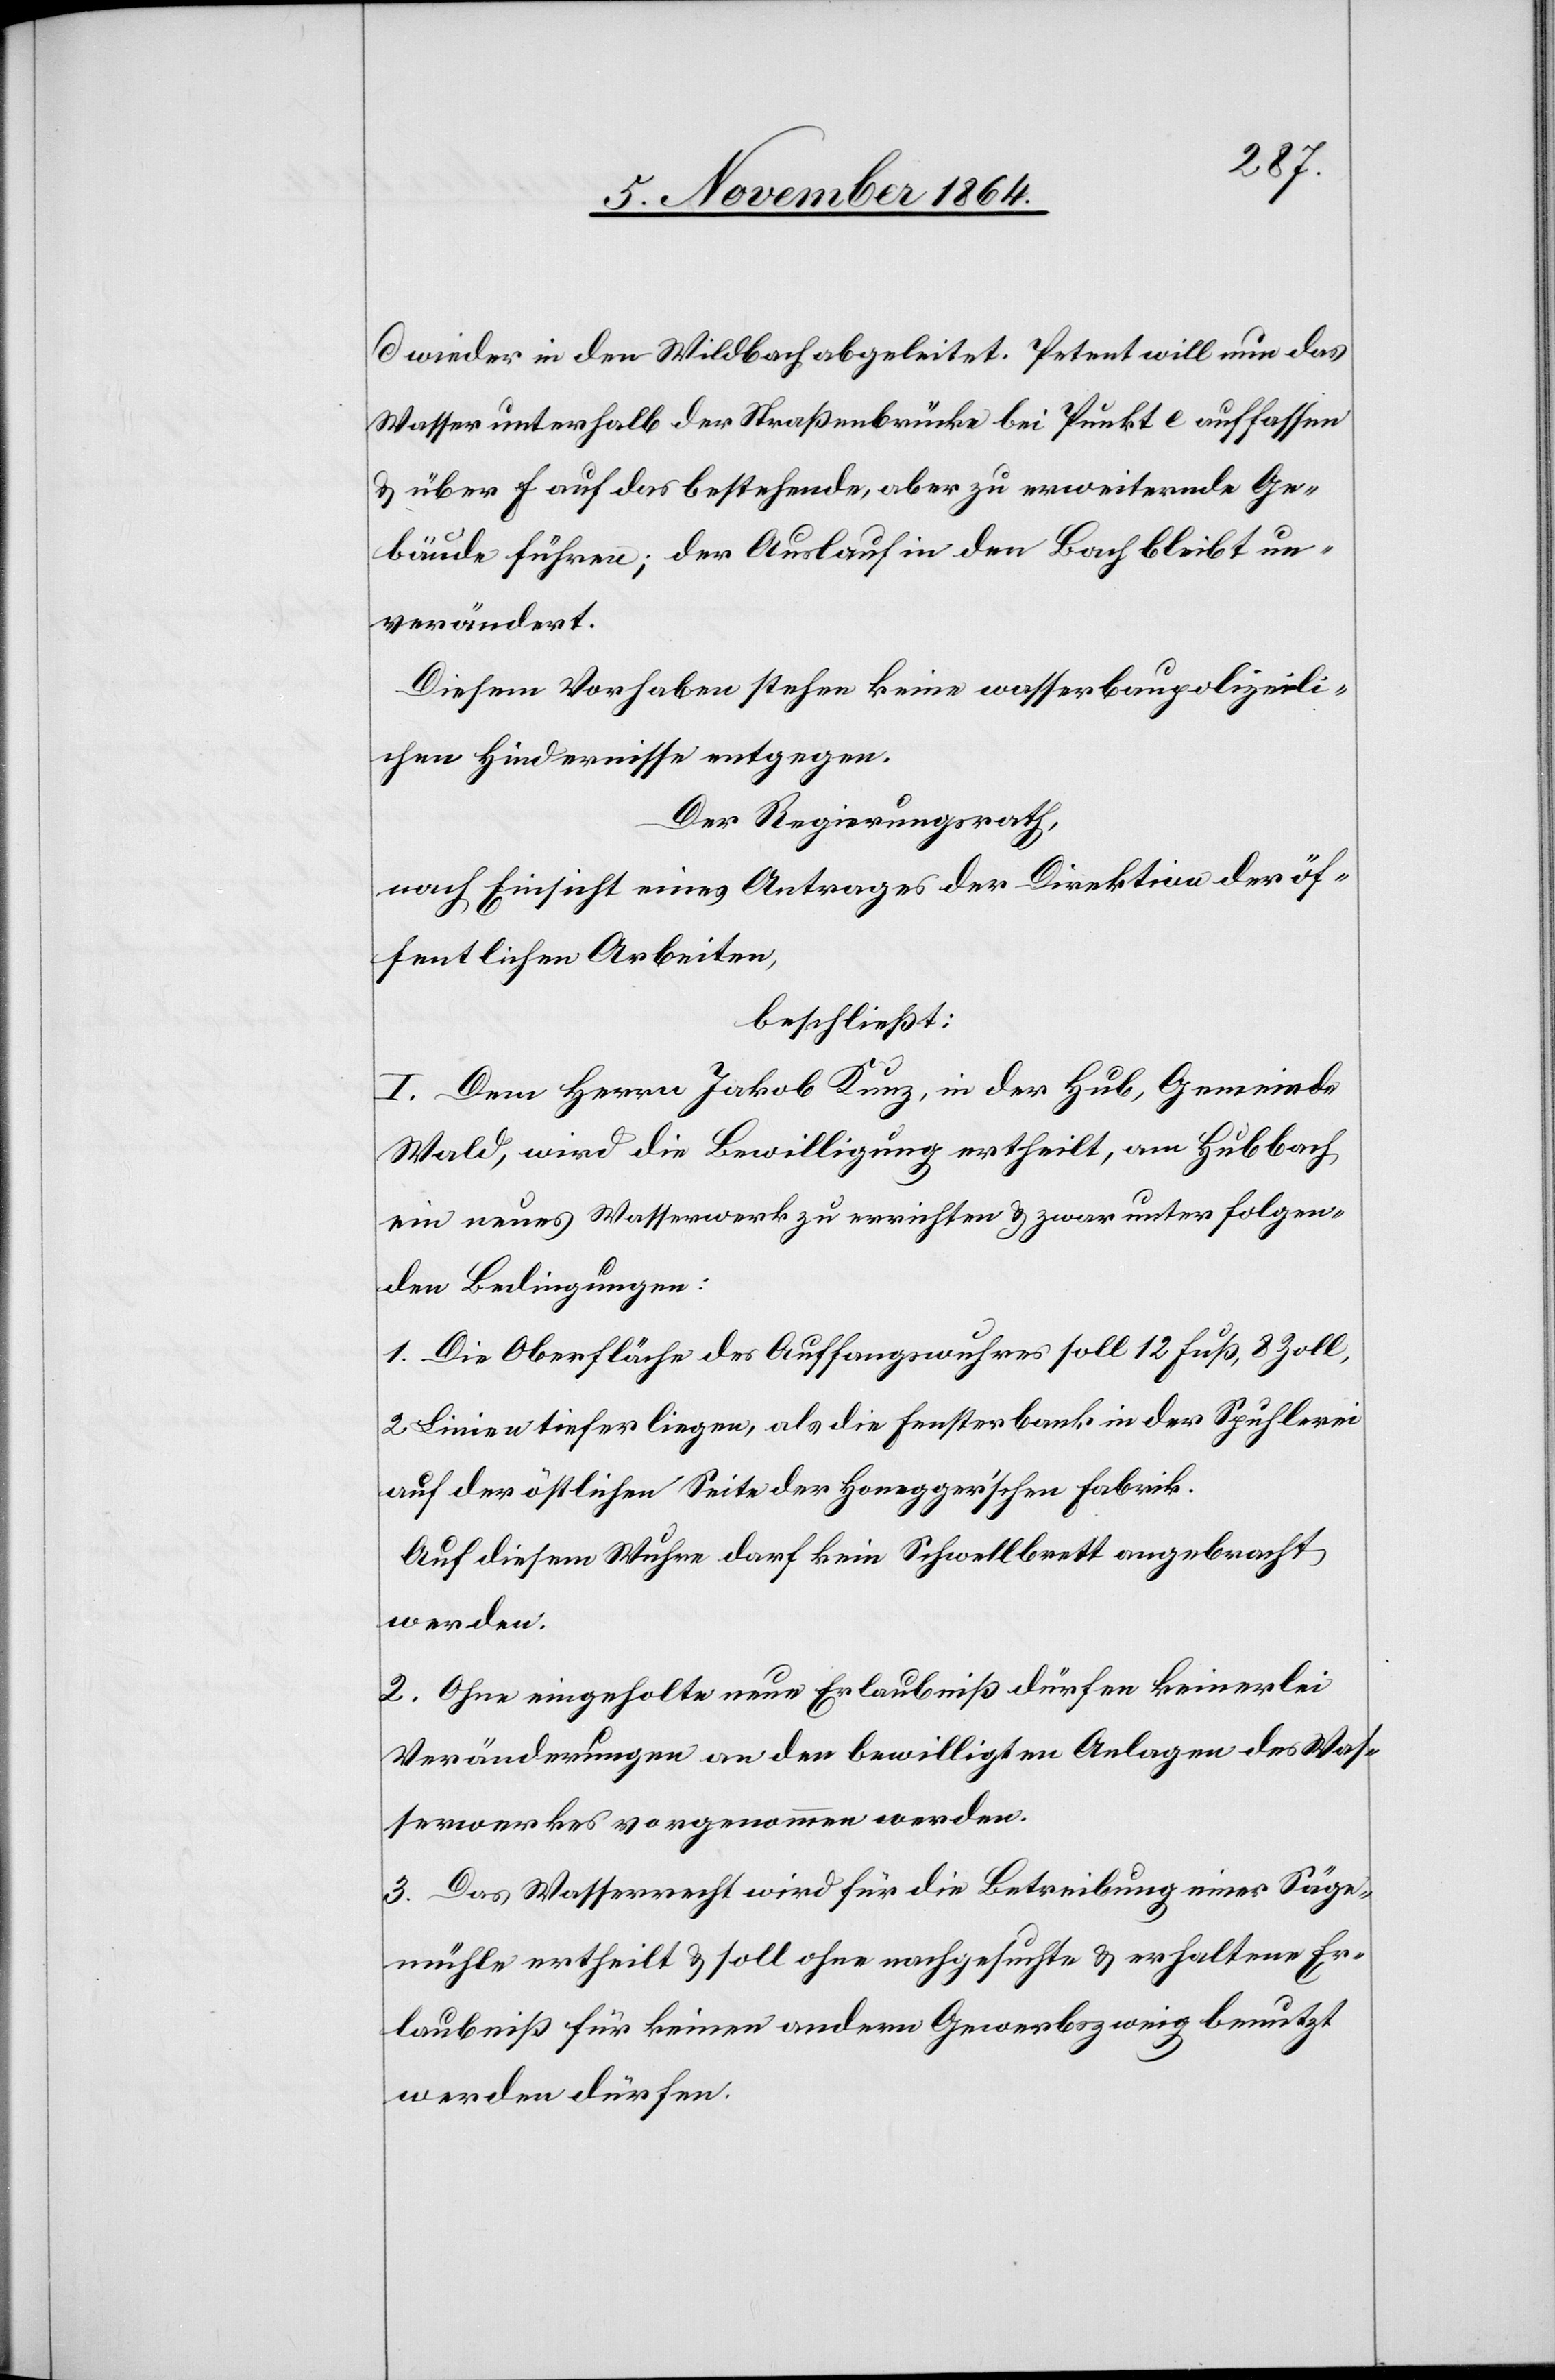
d wieder in den Wildbach abgeleitet. Petent will nun das
Wasser unterhalb der Straßenbrücke bei Punkt e auffassen
& über f auf das bestehende, aber zu erweiternde Ge¬
bäude führen; der Auslauf in den Bach bleibt un¬
verändert.
Diesem Vorhaben stehen keine wasserbaupolizeili¬
chen Hindernisse entgegen.
Der Regierungsrath,
nach Einsicht eines Antrages der Direktion der öf¬
fentlichen Arbeiten,
beschließt:
I. Dem Herrn Jakob Kunz, in der Hub, Gemeinde
Wald, wird die Bewilligung ertheilt, am Hubbach
ein neues Wasserwerk zu errichten & zwar unter folgen¬
den Bedingungen:
1. Die Oberfläche des Auffangswuhres soll 12 Fuß, 8 Zoll,
2 Linien tiefer liegen, als die Fensterbank in der Spuhlerei
auf der östlichen Seite der Honegger’schen Fabrik.
2. Ohne eingeholte neue Erlaubniß dürfen keinerlei
Veränderungen an den bewilligten Anlagen des Was¬
serwerkes vorgenommen werden.
3. Das Wasserrecht wird für die Betreibung einer Säge¬
mühle ertheilt & soll ohne nachgesuchte & erhaltene Er¬
laubniß für keinen andern Gewerbszweig benutzt
werden dürfen.